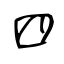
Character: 四